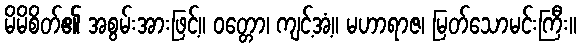
မိမိစိတ်၏ အစွမ်းအားဖြင့်။ ဝတ္တော၊ ကျင့်အံ့။ မဟာရာဇ၊ မြတ်သောမင်းကြီး။